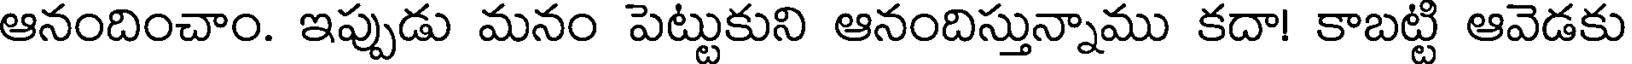
ఆనందించాం. ఇప్పుడు మనం పెట్టుకుని ఆనందిస్తున్నాము కదా! కాబట్టి ఆవెడకు